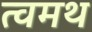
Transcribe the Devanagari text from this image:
त्वमथ